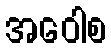
အဝေါစ